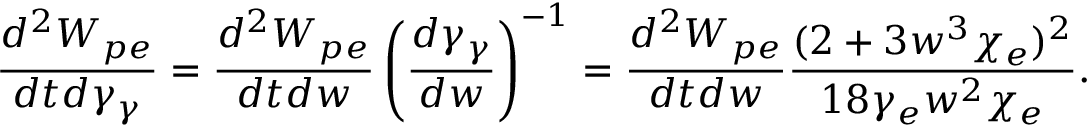
\frac { d ^ { 2 } W _ { p e } } { d t d \gamma _ { \gamma } } = \frac { d ^ { 2 } W _ { p e } } { d t d w } \left( \frac { d \gamma _ { \gamma } } { d w } \right) ^ { - 1 } = \frac { d ^ { 2 } W _ { p e } } { d t d w } \frac { ( 2 + 3 w ^ { 3 } \chi _ { e } ) ^ { 2 } } { 1 8 \gamma _ { e } w ^ { 2 } \chi _ { e } } .